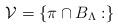
LaTeX: \begin{align*}\mathcal V =\{\pi\cap B_\Lambda: \}\end{align*}